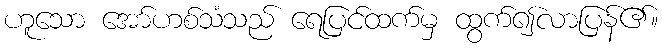
ဟူသော အော်ဟစ်သံသည် ရေပြင်ထက်မှ ထွက်၍လာပြန်၏။